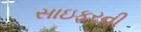
સાઇફરની